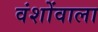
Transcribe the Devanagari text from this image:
वंशोंवाला